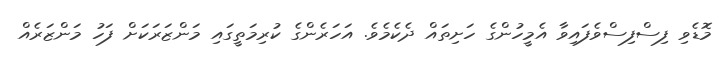
މޮޑެވި ފިސްފިސްވެފައިވާ އެމީހުންގެ ހަށިތައް ދެކެމެވެ. އަހަރެންގެ ކުރިމަތީގައި މަންޒަރަކަށް ފަހު މަންޒަރެއް